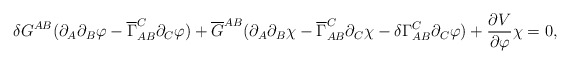
\begin{align*}\delta G^{A B} ( \partial_{A} \partial_{B} \varphi - \overline{\Gamma}_{A B }^{C} \partial_{C} \varphi) + \overline{G}^{A B} (\partial_{A } \partial_{B} \chi - \overline{\Gamma}_{A B }^{C} \partial_{C} \chi - \delta \Gamma_{A B }^{C} \partial_{C} \varphi) + \frac{\partial V}{\partial\varphi} \chi =0,\end{align*}